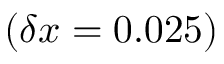
( \delta x = 0 . 0 2 5 )